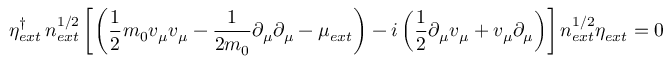
\eta _ { e x t } ^ { \dagger } \, n _ { e x t } ^ { 1 / 2 } \left[ \left( \frac { 1 } { 2 } m _ { 0 } v _ { \mu } v _ { \mu } - \frac { 1 } { 2 m _ { 0 } } \partial _ { \mu } \partial _ { \mu } - \mu _ { e x t } \right) - i \left( \frac { 1 } { 2 } \partial _ { \mu } v _ { \mu } + v _ { \mu } \partial _ { \mu } \right) \right] n _ { e x t } ^ { 1 / 2 } \eta _ { e x t } = 0